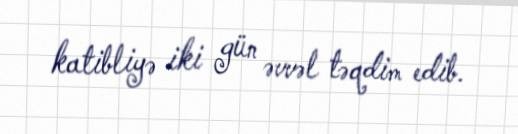
katibliyə iki gün əvvəl təqdim edib.